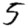
Digit: 5